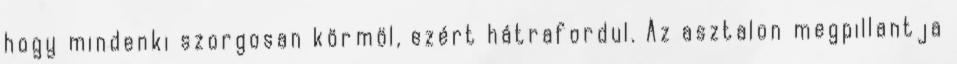
hogy mindenki szorgosan körmöl, ezért hátrafordul. Az asztalon megpillantja